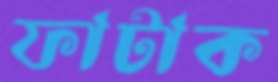
ফাটাক